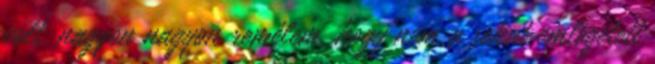
volt. nagyon nagyon remélem, hogy nem a sokat emlegetett